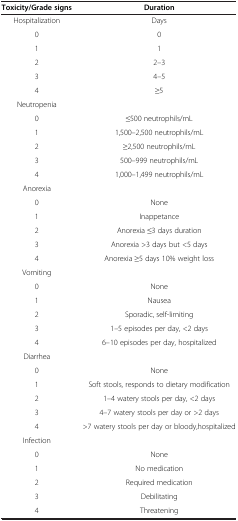
<table><thead><tr><td><b>Toxicity/Grade signs</b></td><td><b>Duration</b></td></tr></thead><tbody><tr><td>Hospitalization</td><td>Days</td></tr><tr><td>0</td><td>0</td></tr><tr><td>1</td><td>1</td></tr><tr><td>2</td><td>2–3</td></tr><tr><td>3</td><td>4–5</td></tr><tr><td>4</td><td>≥5</td></tr><tr><td>Neutropenia</td><td></td></tr><tr><td>0</td><td>≤500 neutrophils/mL</td></tr><tr><td>1</td><td>1,500–2,500 neutrophils/mL</td></tr><tr><td>2</td><td>≥2,500 neutrophils/mL</td></tr><tr><td>3</td><td>500–999 neutrophils/mL</td></tr><tr><td>4</td><td>1,000–1,499 neutrophils/mL</td></tr><tr><td>Anorexia</td><td></td></tr><tr><td>0</td><td>None</td></tr><tr><td>1</td><td>Inappetance</td></tr><tr><td>2</td><td>Anorexia ≤3 days duration</td></tr><tr><td>3</td><td>Anorexia &gt;3 days but &lt;5 days</td></tr><tr><td>4</td><td>Anorexia ≥5 days 10% weight loss</td></tr><tr><td>Vomiting</td><td></td></tr><tr><td>0</td><td>None</td></tr><tr><td>1</td><td>Nausea</td></tr><tr><td>2</td><td>Sporadic, self-limiting</td></tr><tr><td>3</td><td>1–5 episodes per day, &lt;2 days</td></tr><tr><td>4</td><td>6–10 episodes per day, hospitalized</td></tr><tr><td>Diarrhea</td><td></td></tr><tr><td>0</td><td>None</td></tr><tr><td>1</td><td>Soft stools, responds to dietary modification</td></tr><tr><td>2</td><td>1–4 watery stools per day, &lt;2 days</td></tr><tr><td>3</td><td>4–7 watery stools per day or &gt;2 days</td></tr><tr><td>4</td><td>&gt;7 watery stools per day or bloody,hospitalized</td></tr><tr><td>Infection</td><td></td></tr><tr><td>0</td><td>None</td></tr><tr><td>1</td><td>No medication</td></tr><tr><td>2</td><td>Required medication</td></tr><tr><td>3</td><td>Debilitating</td></tr><tr><td>4</td><td>Threatening</td></tr></tbody></table>